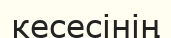
кесесінің